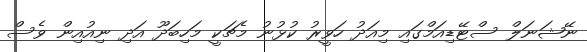
ނޭޝަނަލް ސްޓޭޑިއަމްގައި މިއަދު ހަވީރު ކުޅުނު މެޗަކީ މަހިބަދޫ އަދި ނިއުއިން ވެސް